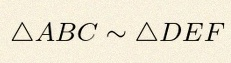
\triangle ABC\sim\triangle DEF